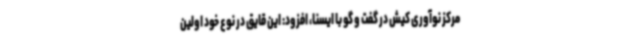
مرکز نوآوری کیش در گفت و گو با ایسنا، افزود: این قایق در نوع خود اولین